Annual administration report of the Bombay Presidency - 1887-1892
Year: 1887
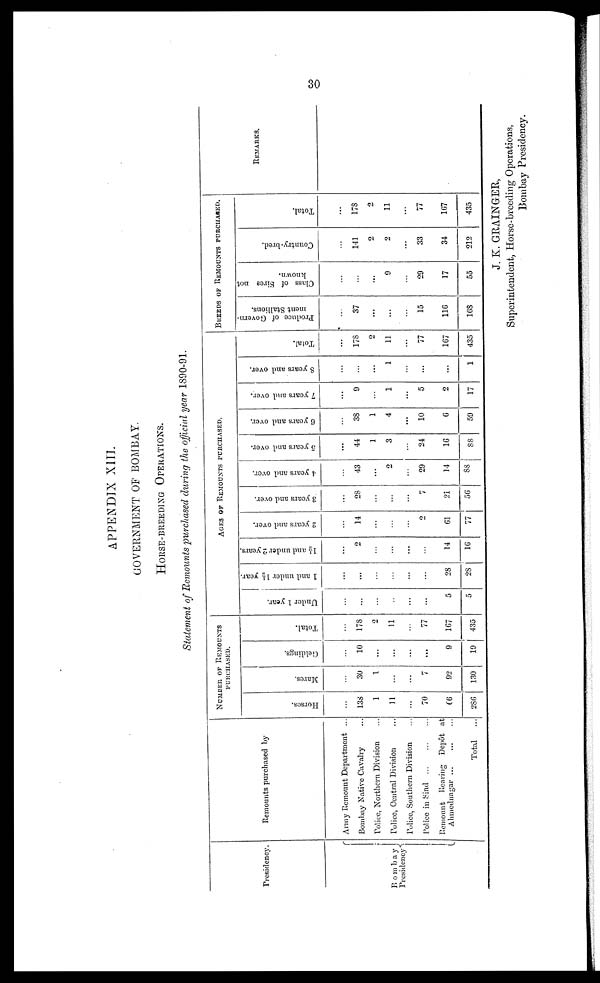
30
APPENDIX XIII.
GOVERNMENT OF BOMBAY.
HORSE-BREEDING
OPERATIONS.
Statement of Remounts purchased during the official year 1890-91.
Presidency.
Bombay
Presidency
Remounts purchased by
Army Remount Department ...
Bombay Native Cavalry ...
Police, Northern Division ...
Police, Central Division ...
Police, Southern Division ...
Police in Sind ... ... ...
Remount Rearing Depôt at
Ahmednagar ... ... ...
Total
...
NUMBER OF REMOUTS.
PURCHASED.
Horses.
...
138
1
11
...
70
66
286
Mares.
...
30
1
...
...
7
92
130
Geldings.
...
10
...
...
...
...
9
19
Total.
...
178
2
11
...
77
167
435
AGES OF REMOUNTS PURCHASED.
Under 1 year.
...
...
...
...
...
...
5
5
1 and under 1½ year.
...
...
...
...
...
...
28
28
1½ and under 2 years.
...
2
...
...
...
...
14
16
2 years and over.
...
14
...
...
...
2
61
77
3 years and over.
...
28
...
...
...
7
21
56
4 years and over.
...
43
...
2
...
29
14
88
5 years and over.
...
44
1
3
...
24
16
88
6 years and over.
...
38
1
4
...
10
6
59
7 years and over.
...
9
...
1
...
5
2
17
8 years and over.
...
...
...
1
...
...
...
1
Total.
...
178
2
11
...
77
167
435
BREEDS OF REMOUNTS PURCHASED.
Produce of Govern-
ment Stallions.
...
37
...
...
...
15
116
168
Class of Sires not
known.
...
...
...
9
...
29
17
55
Country-bred.
....
141
2
2
...
33
34
212
Total.
....
178
2
11
...
77
167
435
REMARKS.
J. K. GRAINGER,
Superintendent, Horse-breeding Operations,
Bombay Presidency.